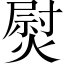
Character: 熨